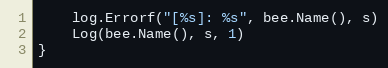
Language: Go
	log.Errorf("[%s]: %s", bee.Name(), s)
	Log(bee.Name(), s, 1)
}